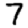
Digit: 7